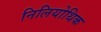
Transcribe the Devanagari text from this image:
निलियोथिक